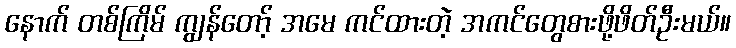
နောက် တစ်ကြိမ် ကျွန်တော့် အမေ ကင်ထားတဲ့ အကင်တွေစားဖို့ဖိတ်ဦးမယ်။